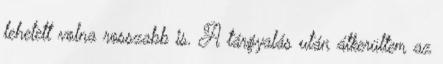
lehetett volna rosszabb is. A tárgyalás után átkerültem az